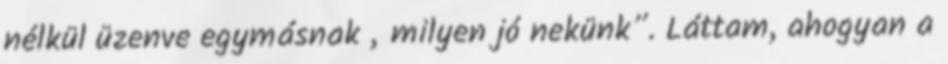
nélkül üzenve egymásnak „milyen jó nekünk”. Láttam, ahogyan a